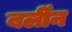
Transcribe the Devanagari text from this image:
बर्लीन